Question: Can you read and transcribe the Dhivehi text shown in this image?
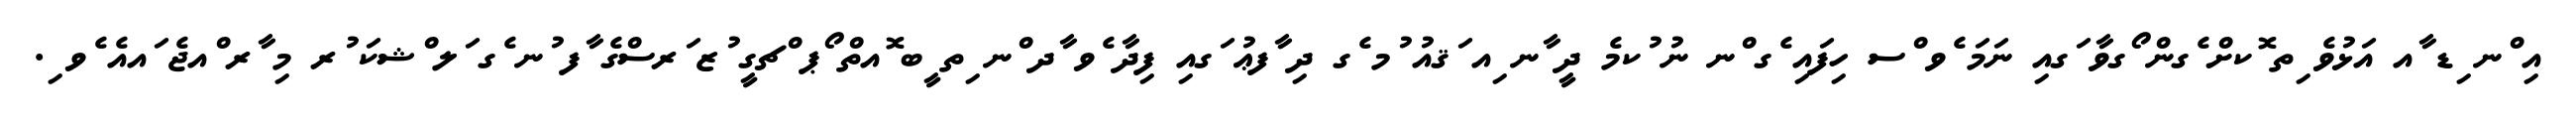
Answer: އި ްނ ިޑ ާއ އަޅުވެ ިތ ޮކށް ެގން ޯގވާ ަގއި ނަމަ ެވ ްސ ހިފައި ެގ ްނ ނު ުކމެ ދީ ާނ ިއ ަޤއު ުމ ެގ ދި ާފޢު ަގއި ފިދާ ެވ ާދ ްނ ިތ ީބ ޮއތް ޯޕ ްޗގީ ުޒ ަރސްގެ ާފ ުނ ެގ ަލ ްޝކަ ުރ މި ާރ ްއޖެ ައއެ ެވ ި.